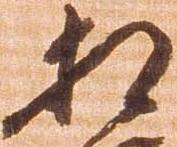
相